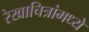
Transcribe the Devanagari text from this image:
रेखाचित्रांमध्ये